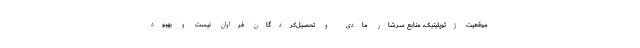
موقعیت ژئوپلیتیک، منابع سرشار مادی و تحصیل‌کردگان فراوان نیست و بهبود